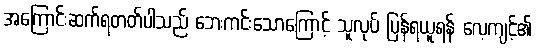
အကြောင်းဆက်ရတတ်ပါသည် ဘေးကင်းသောကြောင့် သူလုပ် ပြန်ရယူရန် လေ့ကျင့်၏